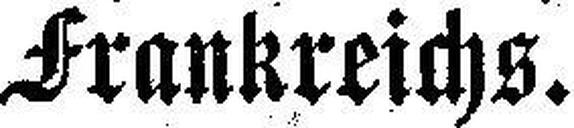
Frankreichs.